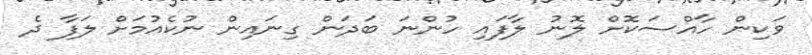
ވަކިން ހާއްސަކޮށް ލޮނު ލާފައި ހުންނަ ބަދަން ގިނައިން ނުކެއުމަށް ލަފާ ދެ